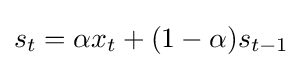
s_{t}=\alpha x_{t}+(1-\alpha )s_{t-1}